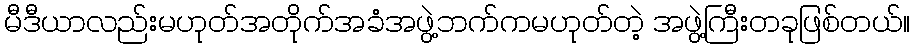
မီဒီယာလည်းမဟုတ်အတိုက်အခံအဖွဲ့ဘက်ကမဟုတ်တဲ့ အဖွဲ့ကြီးတခုဖြစ်တယ်။